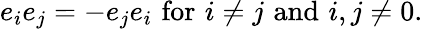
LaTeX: e_{i}e_{j}=-e_{j}e_{i}\, \, {\mathrm{for}}\, \, i\neq j\, \, {\mathrm{and}}\, \, i,j\neq 0.